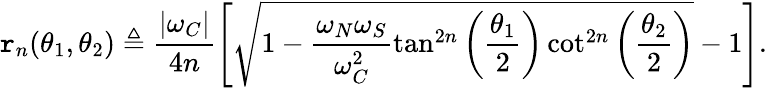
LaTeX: \mathtt{r}_{n}(\theta_{1},\theta_{2})\triangleq\frac{|\omega_{C}|}{4n}\left[\sqrt{1-\frac{\omega_{N}\omega_{S}}{\omega_{C}^{2}}\tan^{2n}\left(\frac{\theta_{1}}{2}\right)\cot^{2n}\left(\frac{\theta_{2}}{2}\right)}-1\right].